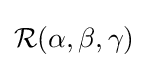
{\mathcal {R}}(\alpha ,\beta ,\gamma )